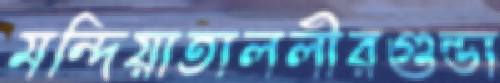
মন্দিয়াতাললীরগুন্ডা